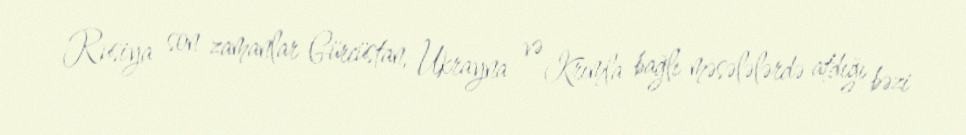
Rusiya son zamanlar Gürcüstan, Ukrayna və Krımla bağlı məsələlərdə atdığı bəzi